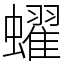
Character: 蠗